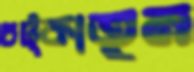
চট্‌কাতুম